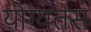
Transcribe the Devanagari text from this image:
योग्यतस